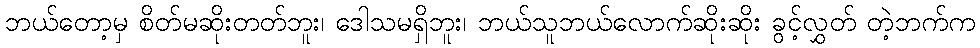
ဘယ်တော့မှ စိတ်မဆိုးတတ်ဘူး၊ ဒေါသမရှိဘူး၊ ဘယ်သူဘယ်လောက်ဆိုးဆိုး ခွင့်လွှတ် တဲ့ဘက်က